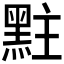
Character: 𪐴